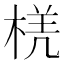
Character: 𭪲